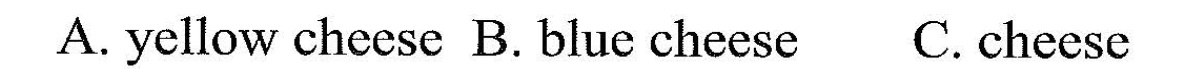
A. yellow checsel B. Bluc cherse C. Cheese